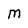
Character: M